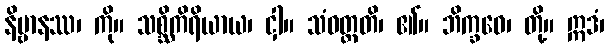
နိဗ္ဗာနဿ၊ ကို။ သစ္ဆိကိရိယာယ၊ ငှါ။ သံဝတ္တတိ၊ ၏။ ဘိက္ခဝေ၊ တို့။ ဣဒံ၊